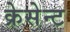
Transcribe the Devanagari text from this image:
क्रेसेन्ट